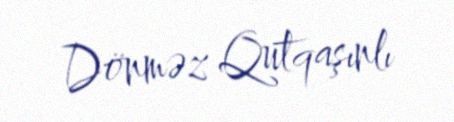
Dönməz Qutqaşınlı